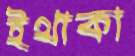
ইথাকা